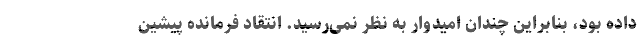
داده بود، بنابراین چندان امیدوار به نظر نمی‌رسید. انتقاد فرمانده پیشین